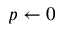
p \gets 0